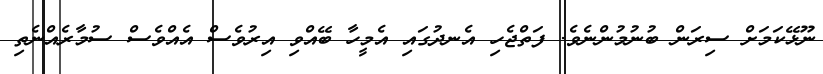
ނޫޅޭކަމަށް ސިރަން ބުނުމުންނެވެ. ފަތްޖެހި އެނދުގައި އެމީހާ ބޭއްވި އިރުވެސް އެއްވެސް ސުމާރެއްނެތި